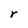
Character: r